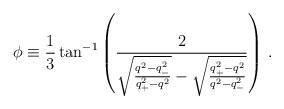
\begin{align*}\phi\equiv\frac{1}{3}\tan^{-1}\left(\frac{2}{\sqrt{\frac{q^2-q_-^2}{q_+^2-q^2}}-\sqrt{\frac{q_+^2-q^2}{q^2-q_-^2}}}\right)\,.\end{align*}